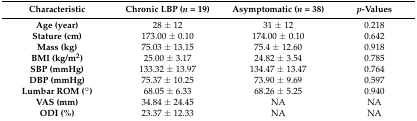
| Characteristic | Chronic LBP (n = 19) | Asymptomatic (n = 38) | p-Values |
 | --- | --- | --- | --- |
 | Age (year) | 28 ± 12 | 31 ± 12 | 0.218 |
 | Stature (cm) | 173.00 ± 0.10 | 174.00 ± 0.10 | 0.642 |
 | Mass (kg) | 75.03 ± 13.15 | 75.4 ± 12.60 | 0.918 |
 | BMI (kg/m2) | 25.00 ± 3.17 | 24.82 ± 3.54 | 0.785 |
 | SBP (mmHg) | 133.32 ± 13.97 | 134.47 ± 13.47 | 0.764 |
 | DBP (mmHg) | 75.37 ± 10.25 | 73.90 ± 9.69 | 0.597 |
 | Lumbar ROM (°) | 68.05 ± 6.33 | 68.26 ± 5.25 | 0.940 |
 | VAS (mm) | 34.84 ± 24.45 | NA | NA |
 | ODI (%) | 23.37 ± 12.33 | NA | NA |